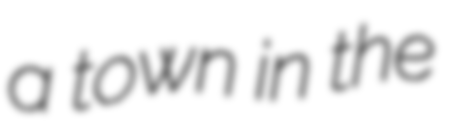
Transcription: a town in the